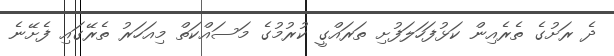
ދެ ރަށުގެ ތެރެއިން ކަޅުފަހަލަފުށި ތަރައްގީ ކުރުމުގެ މަސައްކަތް މިއަހަރު ތެރޭގައި ފެށޭނެ